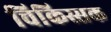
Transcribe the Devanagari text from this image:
चिकिस्सक